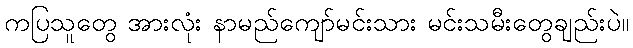
ကပြသူတွေ အားလုံး နာမည်ကျော်မင်းသား မင်းသမီးတွေချည်းပဲ။